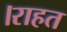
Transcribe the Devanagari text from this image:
।राहत